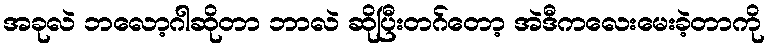
အခုလဲ ဘလော့ဂါဆိုတာ ဘာလဲ ဆိုပြီးတဂ်တော့ အဲဒီကလေးမေးခဲ့တာကို